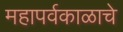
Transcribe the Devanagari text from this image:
महापर्वकाळाचे